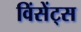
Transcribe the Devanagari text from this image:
विंसेंट्स